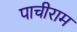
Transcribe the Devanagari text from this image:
पाचीराम